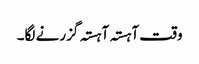
وقت آہستہ آہستہ گزرنے لگا۔